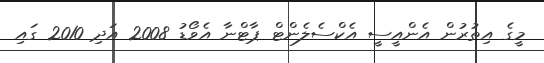
މީގެ އިތުރުން އެންއީސީ އެކްސެލެންޓް ޕާޓްނާ އެވޯޑު 2008 އަދި 2010 ގައި